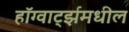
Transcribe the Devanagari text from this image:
हॉग्वार्ट्झमधील